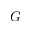
G